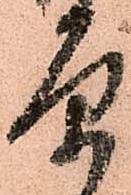
原